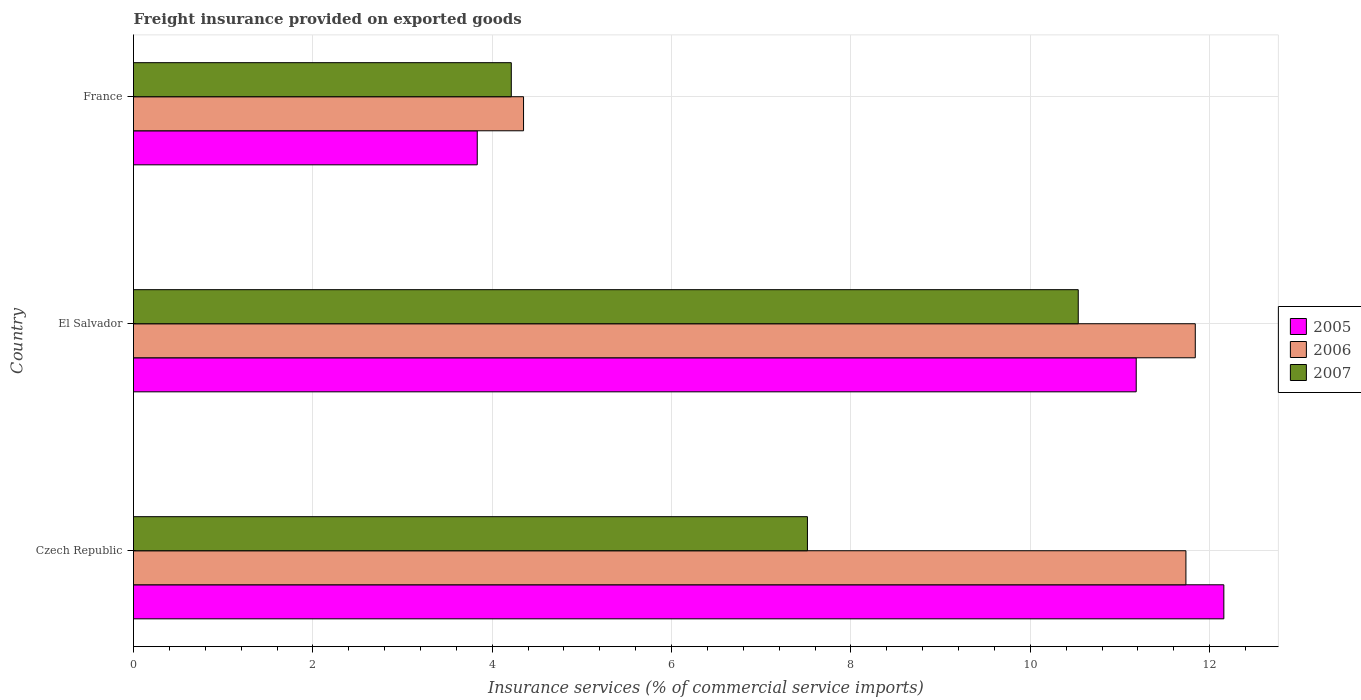
| Country | 2005 | 2006 | 2007 |
 | --- | --- | --- | --- |
 | Czech Republic | 12.2 | 11.7 | 7.51 |
 | El Salvador | 11.2 | 11.8 | 10.5 |
 | France | 3.83 | 4.35 | 4.21 |